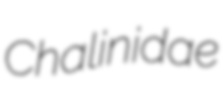
Chalinidae